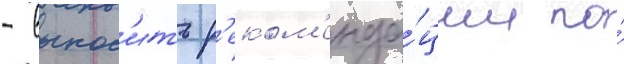
- вынос'ить р'еком'енда́ции по́